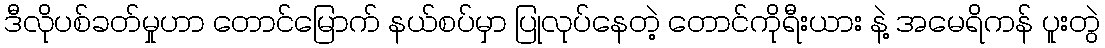
ဒီလိုပစ်ခတ်မှုဟာ တောင်မြောက် နယ်စပ်မှာ ပြုလုပ်နေတဲ့ တောင်ကိုရီးယား နဲ့ အမေရိကန် ပူးတွဲ